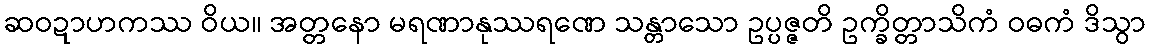
ဆဝဍာဟကဿ ဝိယ။ အတ္တနော မရဏာနုဿရဏေ သန္တာသော ဥပ္ပဇ္ဇတိ ဥက္ခိတ္တာသိကံ ဝဓကံ ဒိသွာ